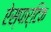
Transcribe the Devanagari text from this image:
ऐस्पार्टिक